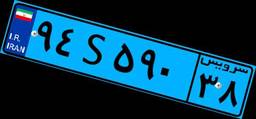
۹۴S۵۹۰۳۸